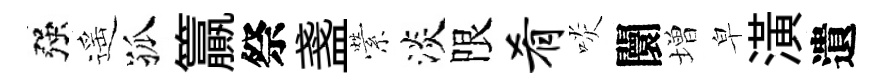
强遥孤籯祭盞縈淡限肴啖闤増皁潢遺